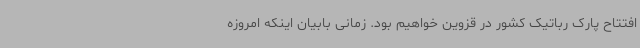
افتتاح پارک رباتیک کشور در قزوین خواهیم بود. زمانی بابیان اینکه امروزه